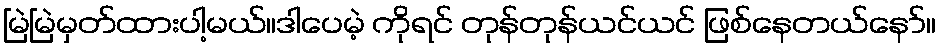
မြဲမြဲမှတ်ထားပါ့မယ်။ဒါပေမဲ့ ကိုရင် တုန်တုန်ယင်ယင် ဖြစ်နေတယ်နော်။